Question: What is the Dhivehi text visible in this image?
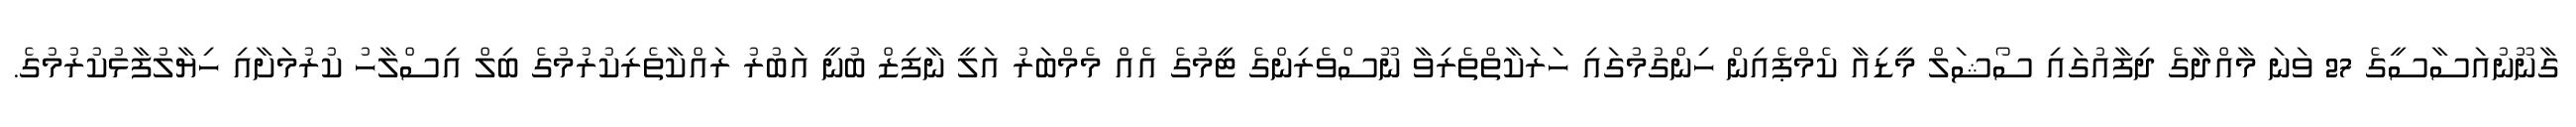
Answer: ގާނޫނުއަސާސީގެ 27 ވަނަ މާއްދާގެ ދިފާއުގައި ސޯޝަލް މީޑިއާ ކެމްޕެއިން ހިންގުމުގައި ހަރަކާތްތެރިވާ ނޫސްވެރިންގެ ޓީމުގެ އެއް މެމްބަރު އަލީ ނާފިޒް ބުނީ އަބުރު ރައްކާތެރިކުރުމުގެ ބިލް އިސްލާހު ކުރުމަށާއި ހިޔާލުފާޅުކުރުމުގެ.